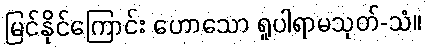
မြင်နိုင်ကြောင်း ဟောသော ရူပါရာမသုတ်-သံ။